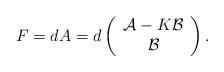
LaTeX: \begin{align*}F = dA = d \left( \begin{array}{c} {\cal A} - K{\cal B} \\ {\cal B} \end{array} \right).\end{align*}